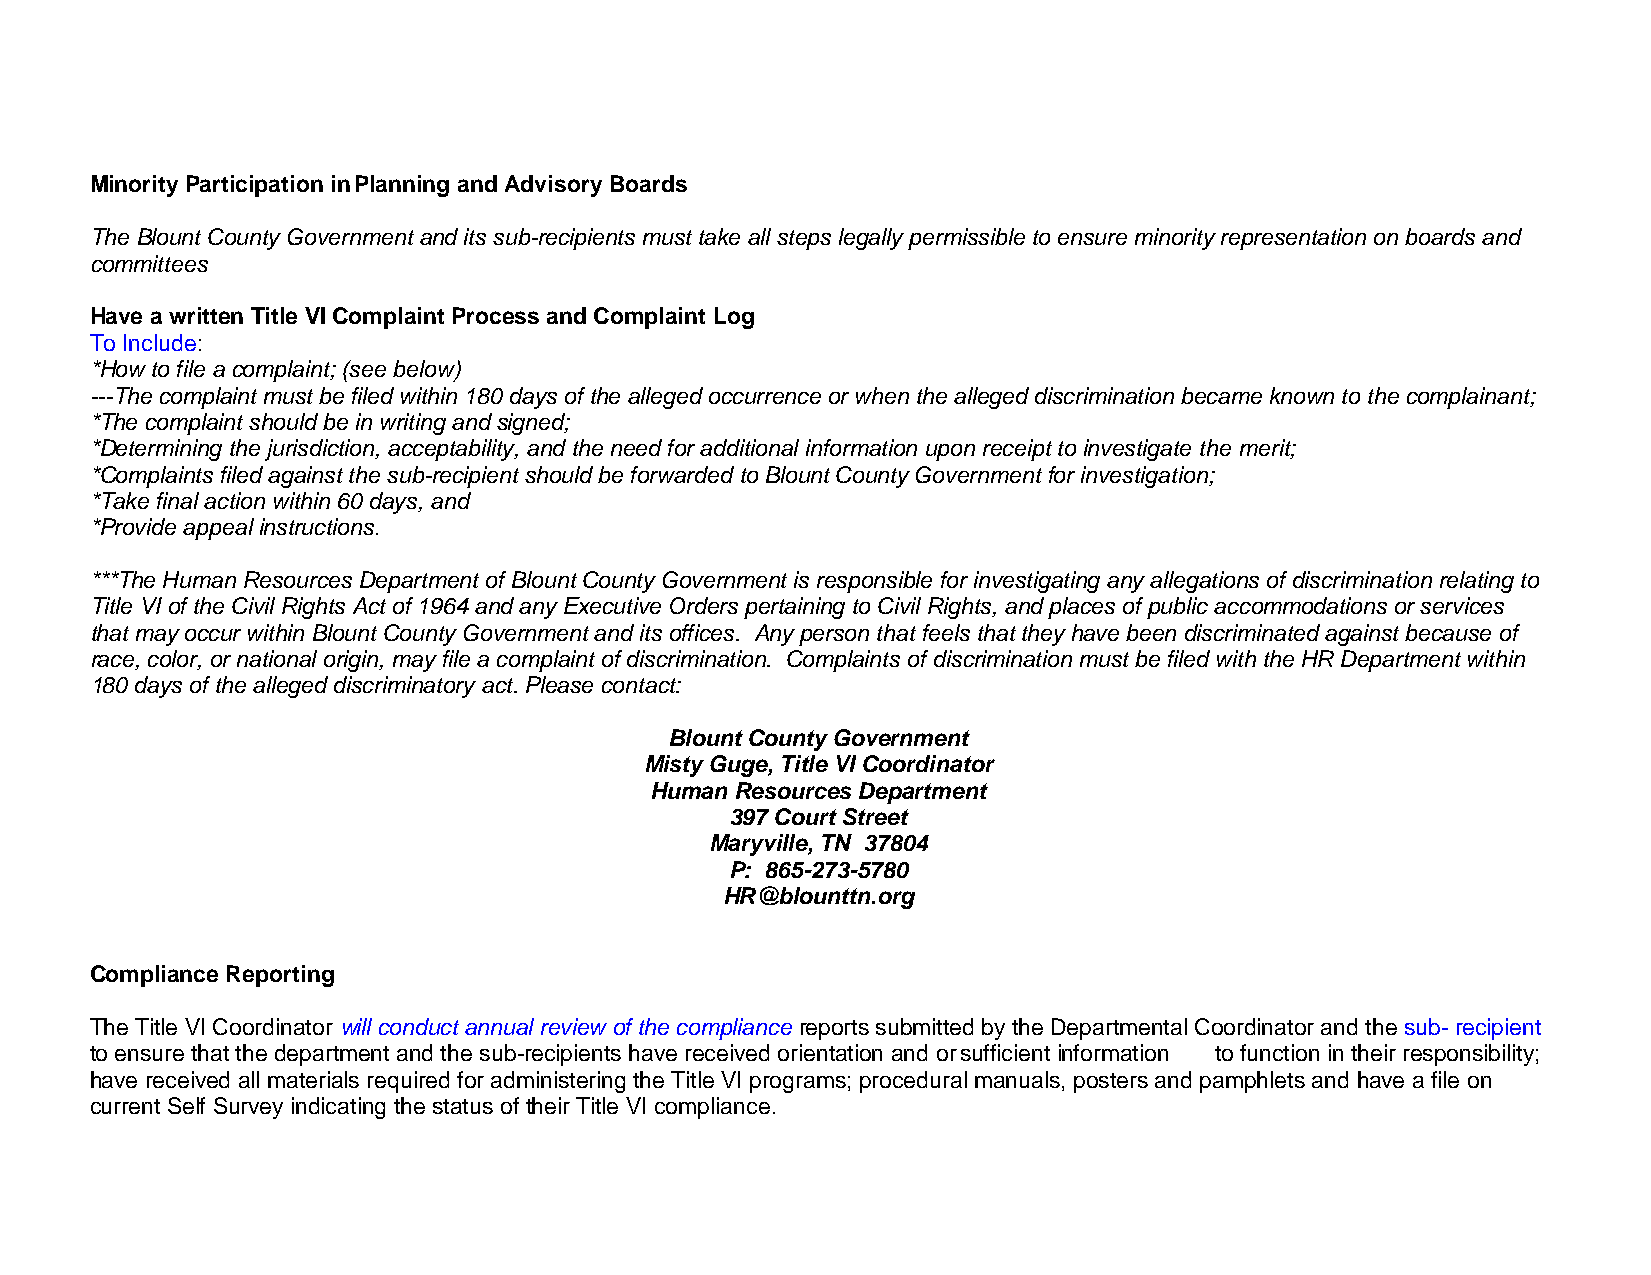
Minority Participation in Planning and Advisory Boards
 The Blount County Government and its sub-recipients must take all steps legally permissible to ensure minority representation on boards and
 committees
 Have a written Title VI Complaint Process and Complaint Log
 To Include:
 *How to file a complaint; (see below)
 ---The complaint must be filed within 180 days of the alleged occurrence or when the alleged discrimination became known to the complainant;
 *The complaint should be in writing and signed;
 *Determining the jurisdiction, acceptability, and the need for additional information upon receipt to investigate the merit;
 *Complaints filed against the sub-recipient should be forwarded to Blount County Government for investigation;
 *Take final action within 60 days, and
 *Provide appeal instructions.
 ***The Human Resources Department of Blount County Government is responsible for investigating any allegations of discrimination relating to
 Title VI of the Civil Rights Act of 1964 and any Executive Orders pertaining to Civil Rights, and places of public accommodations or services
 that may occur within Blount County Government and its offices. Any person that feels that they have been discriminated against because of
 race, color, or national origin, may file a complaint of discrimination. Complaints of discrimination must be filed with the HR Department within
 180 days of the alleged discriminatory act. Please contact:
 Blount County Government
 Misty Guge, Title VI Coordinator
 Human Resources Department
 397 Court Street
 Maryville, TN 37804
 P: 865-273-5780
 HR@blounttn.org
 Compliance Reporting
 The Title VI Coordinator will conduct annual review of the compliance reports submitted by the Departmental Coordinator and the sub- recipient
 to ensure that the department and the sub-recipients have received orientation and or sufficient information to function in their responsibility;
 have received all materials required for administering the Title VI programs; procedural manuals, posters and pamphlets and have a file on
 current Self Survey indicating the status of their Title VI compliance.